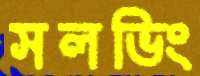
সলভিং